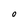
Character: o